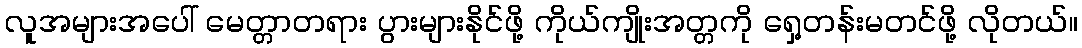
လူအများအပေါ် မေတ္တာတရား ပွားများနိုင်ဖို့ ကိုယ်ကျိုးအတ္တကို ရှေ့တန်းမတင်ဖို့ လိုတယ်။